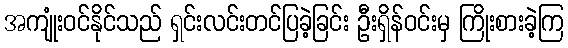
အကျုံးဝင်နိုင်သည် ရှင်းလင်းတင်ပြခဲ့ခြင်း ဦးရှိန်ဝင်းမှ ကြိုးစားခဲ့ကြ